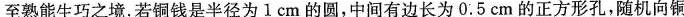
至熟能生巧之境。若铜钱是半径为1cm的圆，中间有边长为0.5cm的正方形孔，随机向铜